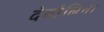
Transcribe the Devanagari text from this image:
देबोलिना